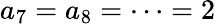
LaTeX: a_{7}=a_{8}=\cdots=2